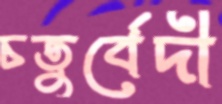
চতুর্বেদী